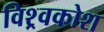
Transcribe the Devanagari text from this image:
विश्र्वकोश